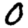
Digit: 0